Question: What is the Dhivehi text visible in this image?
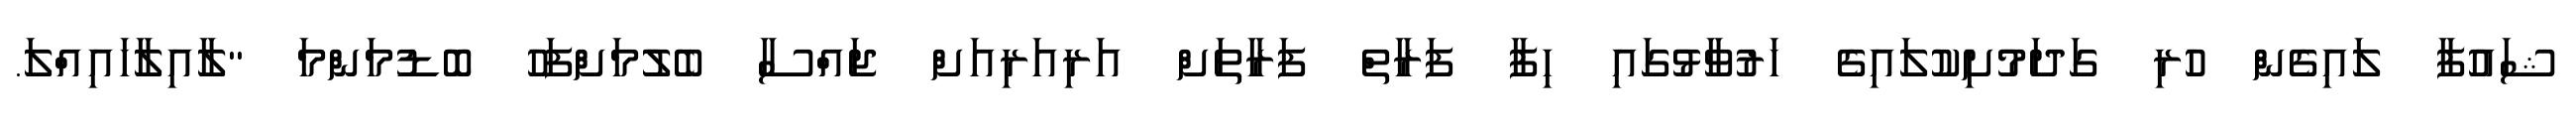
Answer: ޝައުފާ ލައިގެން ހުރި ގަދަމުށިކުލައިގެ ހަރުވާޅުގައި ހިފާ ފަރާތް ފަރާތަށް އަރިއަރިއަށް ޖައްސާ ބެލުމަށްފަހު ބޮޑުމަންމަ "ލާއިލާހައިއްލަ.